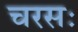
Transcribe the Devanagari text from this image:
चरसः